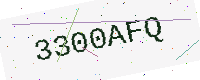
Text: 3300AFQ